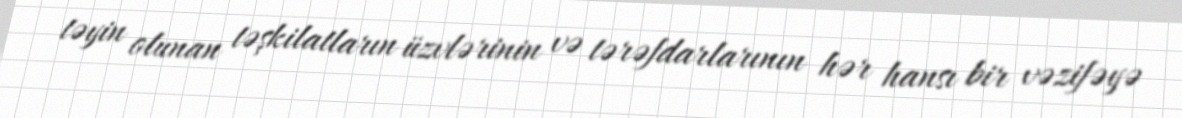
təyin olunan təşkilatların üzvlərinin və tərəfdarlarının hər hansı bir vəzifəyə